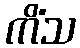
ကိံသ